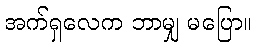
အက်ရှလေက ဘာမျှ မပြော။